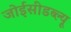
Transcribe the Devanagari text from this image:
जोईसीडब्ल्यू